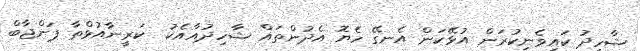
ޝާހިދު ކައިވެނިކުރަން އުޅޭކަން އެނގޭ ހެޔޮ އެދުންތައް ޝާހިދުއާއެކު  ކަރީނާއުޅްތާ ޕަންޖާބް